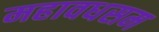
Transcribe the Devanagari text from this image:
महावधसम